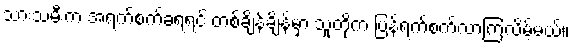
သားသမီးက အရက်စက်ခံရရင် တစ်ချိန်ချိန်မှာ သူတို့က ပြန်ရက်စက်လာကြလိမ့်မယ်။